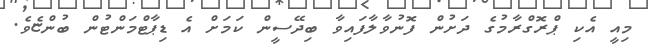
މިއީ އެކި ޕްރޮގްރާމުގެ ދަށުން ފޮނުވާލާފައިވާ ބިދޭސީން ކަމަށް އެ ޑިޕާޓްމަންޓުން ބުންޏެވެ.